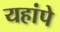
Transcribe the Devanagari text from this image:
यहांपे